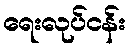
ရေးလုပ်ငန်း